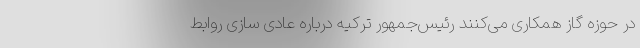
در حوزه گاز همکاری می‌کنند رئیس‌جمهور ترکیه درباره عادی سازی روابط